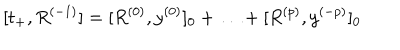
LaTeX: [ t _ { + } , R ^ { ( - 1 ) } ] = [ R ^ { ( 0 ) } , y ^ { ( 0 ) } ] _ { 0 } + \ldots + [ R ^ { ( p ) } , y ^ { ( - p ) } ] _ { 0 }